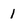
Character: 1